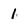
Character: 1